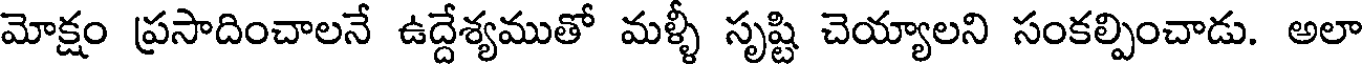
మోక్షం ప్రసాదించాలనే ఉద్దేశ్యముతో మళ్ళీ సృష్టి చెయ్యాలని సంకల్పించాడు. అలా